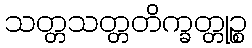
သတ္တသတ္တတိက္ခတ္တုဉ္စ